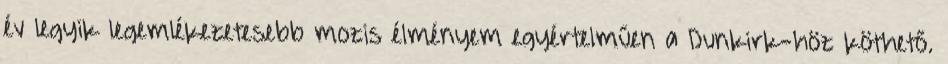
év legyik legemlékezetesebb mozis élményem egyértelműen a Dunkirk-höz köthető.